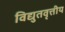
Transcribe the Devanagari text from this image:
विद्युतवृत्तीय